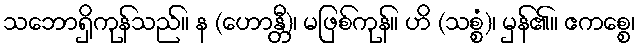
သဘောရှိကုန်သည်။ န (ဟောန္တီ)၊ မဖြစ်ကုန်။ ဟိ (သစ္စံ)၊ မှန်၏။ ဧကစ္စေ၊